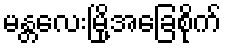
မန္တလေးမြို့အခြေစိုက်